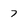
Character: 7